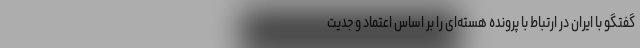
گفتگو با ایران در ارتباط با پرونده هسته‌ای را بر اساس اعتماد و جدیت